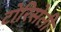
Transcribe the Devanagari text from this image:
टोरिसेली